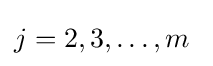
j=2,3,\ldots ,m\